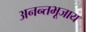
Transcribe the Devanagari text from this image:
अनन्तभूजाय